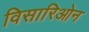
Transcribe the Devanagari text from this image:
विसारिओन